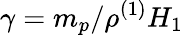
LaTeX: \gamma=m_{p}/\rho^{(1)}H_{1}